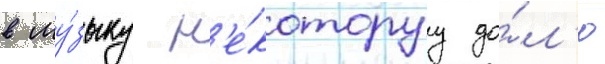
в му́зыку н'е́которуу до́л'ю